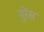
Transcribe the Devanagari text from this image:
युरेंस